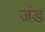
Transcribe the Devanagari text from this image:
जंड